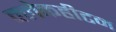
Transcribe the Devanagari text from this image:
क्लेकहीटन